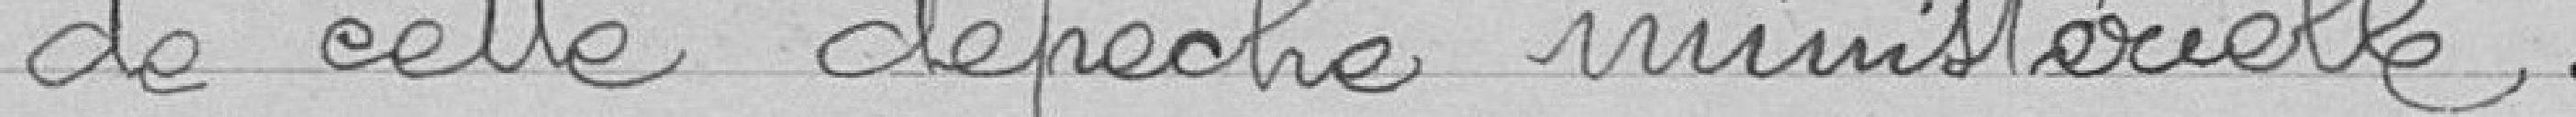
de cette dépêche ministérielle.